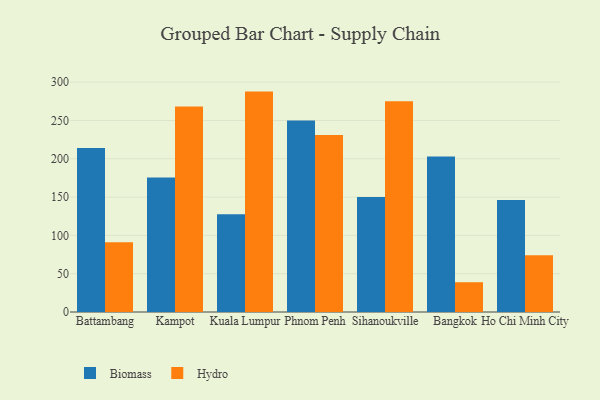
{"axis": {"x": "City", "y": "Headcount"}, "legend": ["Biomass", "Hydro"], "data": [{"x": "Battambang", "y": 214.2, "type": "Biomass"}, {"x": "Battambang", "y": 91.0, "type": "Hydro"}, {"x": "Kampot", "y": 175.7, "type": "Biomass"}, {"x": "Kampot", "y": 268.3, "type": "Hydro"}, {"x": "Kuala Lumpur", "y": 127.5, "type": "Biomass"}, {"x": "Kuala Lumpur", "y": 287.7, "type": "Hydro"}, {"x": "Phnom Penh", "y": 249.9, "type": "Biomass"}, {"x": "Phnom Penh", "y": 231.1, "type": "Hydro"}, {"x": "Sihanoukville", "y": 150.1, "type": "Biomass"}, {"x": "Sihanoukville", "y": 275.1, "type": "Hydro"}, {"x": "Bangkok", "y": 203.1, "type": "Biomass"}, {"x": "Bangkok", "y": 38.9, "type": "Hydro"}, {"x": "Ho Chi Minh City", "y": 146.3, "type": "Biomass"}, {"x": "Ho Chi Minh City", "y": 74.2, "type": "Hydro"}]}